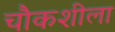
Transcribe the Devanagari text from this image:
चौकशीला